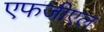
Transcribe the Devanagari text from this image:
एफजीएल